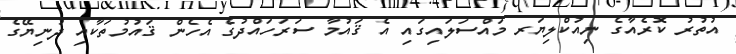
އުތުރު ކޮރެއާގެ ނިއުކްލިޔަރ މައްސަލައިގައި އެ ޤައުމާ ސަރަހައްދުގެ އެހެން ޤައުމުތަކާއި ދުނިޔޭގެ